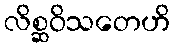
လိစ္ဆဝိသတေဟိ